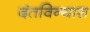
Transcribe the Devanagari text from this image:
दंतविन्यास